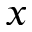
\boldsymbol { x }